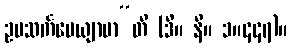
ဥပသင်္ကမေယျာမာ”တိ (ဒီ။ နိ။ ၁။၄၄၇)။